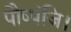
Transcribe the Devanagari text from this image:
पौष्पंजि।